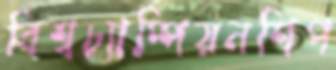
বিশ্বচ্যাম্পিয়নশিপ